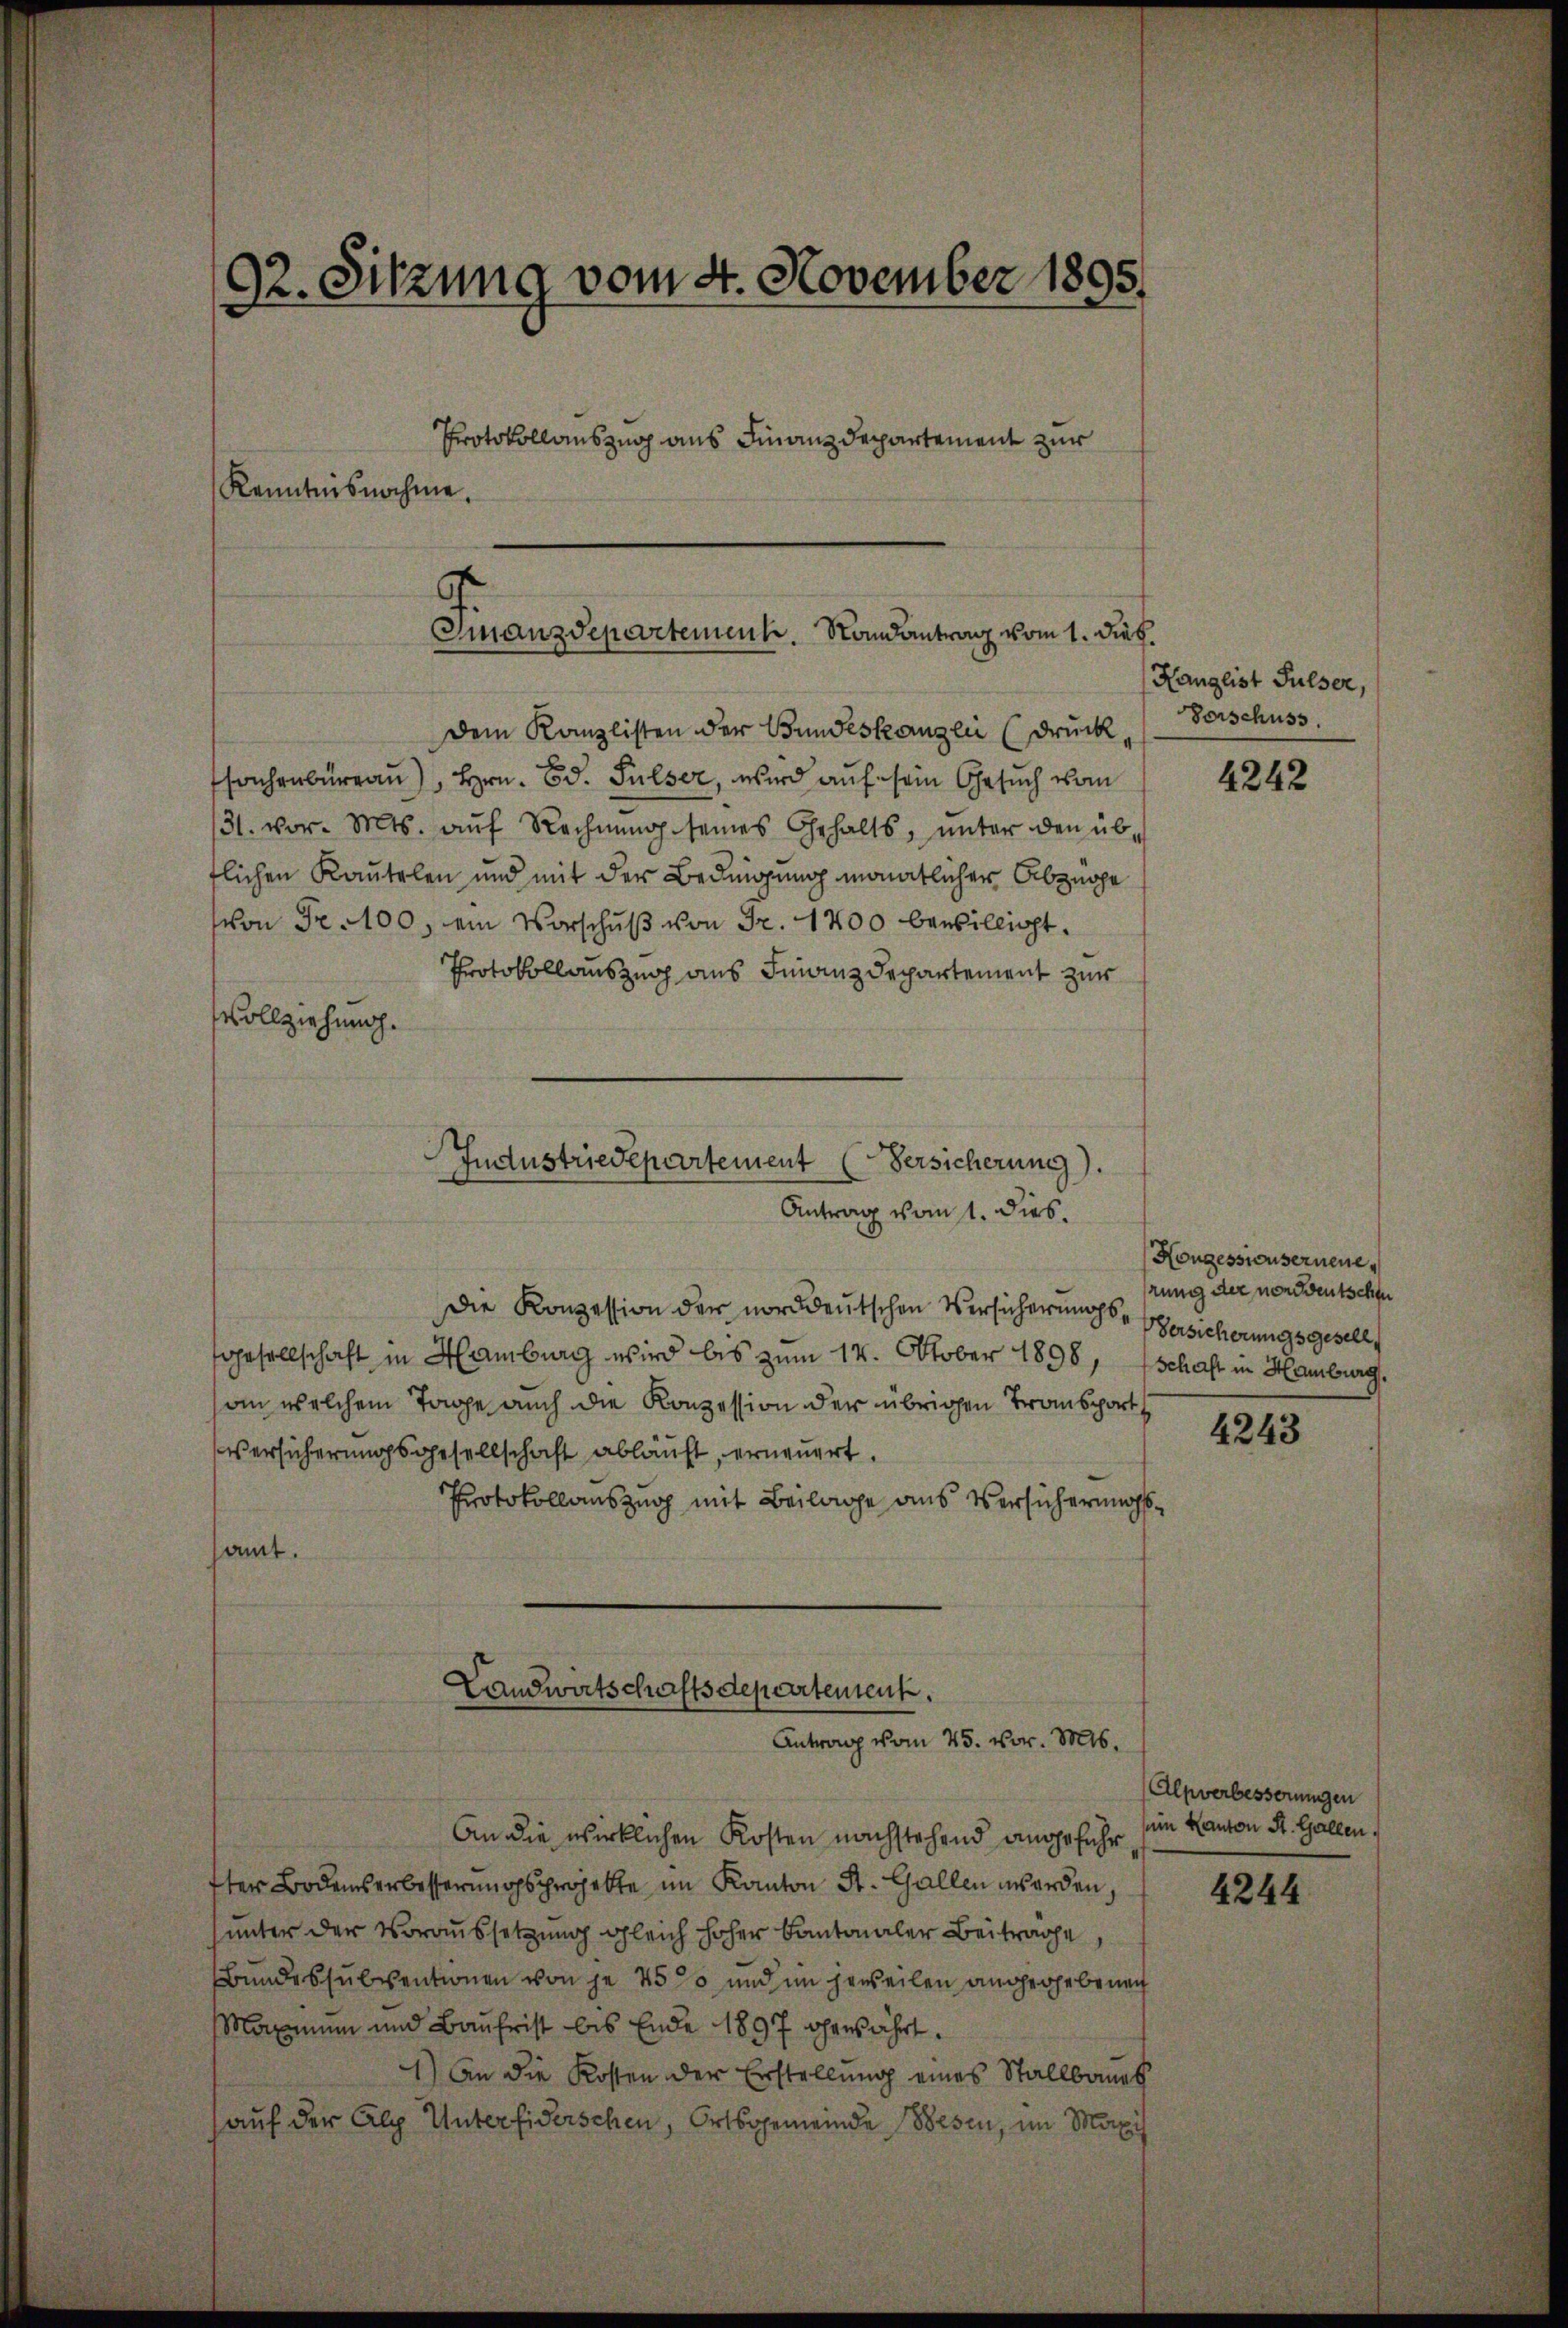
92. Sitzung vom 4. November 1895
Protokollauszug aus Finanzdepartement zur
Kenntnisnahme.

Gmnanzdepartement. Randantrag vom 1. Dieb¬

Industriedepartement (Versicherung).
Antrag vom 1. dies

Landwirtschaftsdepartement.
Antrag vom 25. Nov. 16.

Dem Kanzlisten der Bundeskanzlei (druck
fachenbüreau), Hrn. Ed. Fulser, wird auf sein Gesuch vom
31. vor. Mts. aŭf Rechnung seines Gehalts, unter den übflichen Kautelen und mit der Bedingung monatlicher Abzüge
von Fr. 100, ein Vorschuß von Fr. 1700 bewilligt.
Protokollauszug aus Finanzdepartement zur
Vollziehung.

An die wirklichen Kosten nachstehend angeführ
fter Bodenserbesserungsprojekte im Kanton St. Gallen worden,
unter der Voraussetzung gleich hoher Kantonaler Beiträge
Bundessubventionen von je 450 und im jeweilen angegebenen
Maximum und Baufrist bis Ende 1897 gewährt.
1.) An die Kosten der Erstellung eines Stallbaues
auf der Alp Unterfiderschen, Ortsgemeinde Besen, im Maxi

Die Konzession der norddeutschen Versicherungsgesellschaft in Hamburg wird bis zum 14. October 1898, schaft in Hamburg.
an welchem Tage auch die Konzession der übrigen Transport
Versicherungsgesellschaft abläuft, erneuert.
Protokollauszug mit Beilage aus Versicherungssamt.

Kanglist Sulser,
Vorschuss.

4242

Honzessionserneue
rung der von deutschen
Versicherungsgesell

4243

Alpverbesserungen
sein Kanton St. Gallen.

4244